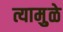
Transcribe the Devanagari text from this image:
त्यामुुळे